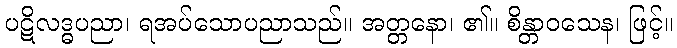
ပဋိလဒ္ဓပညာ၊ ရအပ်သောပညာသည်။ အတ္တနော၊ ၏။ စိန္တာဝသေန၊ ဖြင့်။